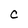
Character: C